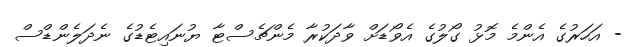
- އަހަރުގެ އެންމެ މޮޅު ގޯލުގެ އެވޯޑަށް ވާދަކުރާ މެންޗެސްޓާ ޔުނައިޓެޑުގެ ނެދަލެންޑްސް